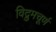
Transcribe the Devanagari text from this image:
विद्रुमचूर्ण